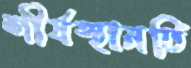
শীর্ষস্থানটি